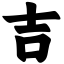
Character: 吉